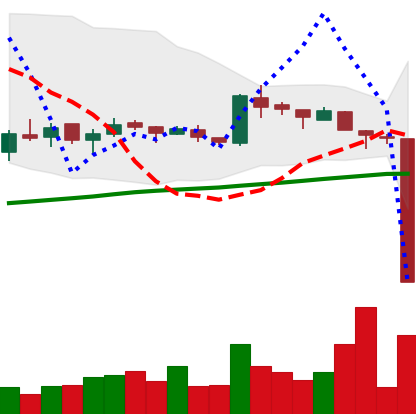
Ticker: LTC-USD
Chart end date: 2016-01-15
Forward return: 13.072%
Label: up_7plus